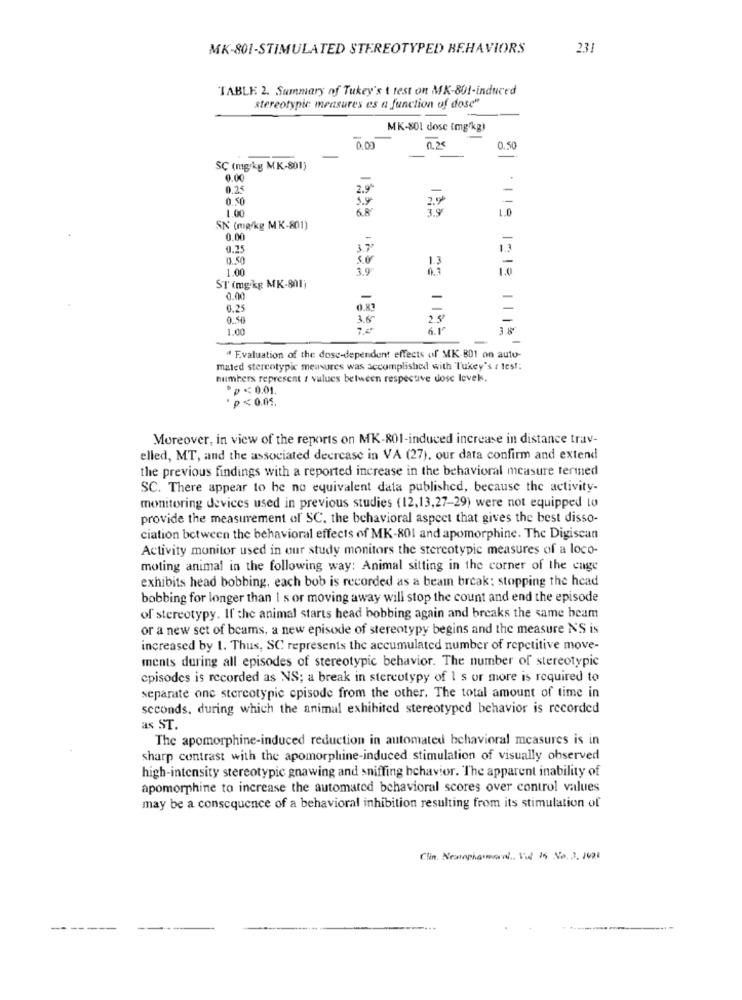
MK-801-STIMULATED STEREOTYPED BEHAVIORS
231
TABLE 2. Summary of Tukey's t test on MK-801-induced
stereotypic measures es a function of dose"
MK-801 dose (mg/kg)
0.00
0.25
0.50
SC (mg/kg MK-801)
0.00
0.25
2.9
0.50
1.00
6.8
1.0
SN (mg/kg MK-801)
0.00
0.25
3.7
1.3
1.00
3.9
1312
ST (mgkg MK-801)
0.00
-
-
-
0.25
0.83
0.50
38
2.5
-
1.00
6.1
-
" Evaluation of the dose-dependent effects of MK-801 on auto-
mated stereotypic measures was accomplished with Tukey's : test:
numbers represent r values between respective dose levek.
*p<0.01.
p<0.05.
Moreover, in view of the reports on MK-801-induced increase in distance trav-
elled, MT, and the associated decrease in VA (27). our data confirm and extend
the previous findings with a reported increase in the behavioral measure termed
SC. There appear to be no equivalent data published, because the activity-
monitoring devices used in previous studies (12,13,27-29) were not equipped to
provide the measurement of SC. the behavioral aspect that gives the best disso-
ciation between the behavioral effects of MK-801 and apomorphine. The Digiscan
Activity monitor used in our study monitors the stereotypic measures of a loco-
moting animal in the following way: Animal sitting in the corner of the cage
exhibits head bobbing, each bob is recorded as a beam break: stopping the head
bobbing for longer than I s or moving away will stop the count and end the episode
of stereotypy. If the animal starts head bobbing again and breaks the same beam
or a new set of beams, a new episode of stereotypy begins and the measure N'S is
increased by 1. Thus, SC represents the accumulated number of repetitive move-
ments during all episodes of stereotypic behavior. The number of stereotypic
episodes is recorded as NS; a break in stereotypy of 1 s or more is required to
separate one stereotypic episode from the other. The total amount of time in
seconds. during which the animal exhibited stereotyped behavior is recorded
as ST.
The apomorphine-induced reduction in automated behavioral measures is in
sharp contrast with the apomorphine-induced stimulation of visually observed
high-intensity stereotypic gnawing and sniffing hchavior. The apparent inability of
apomorphine to increase the automated behavioral scores over control values
may be a consequence of a behavioral inhibition resulting from its stimulation of
Clin. Neurophanmoral ., Vil 15 No. 3. 1921